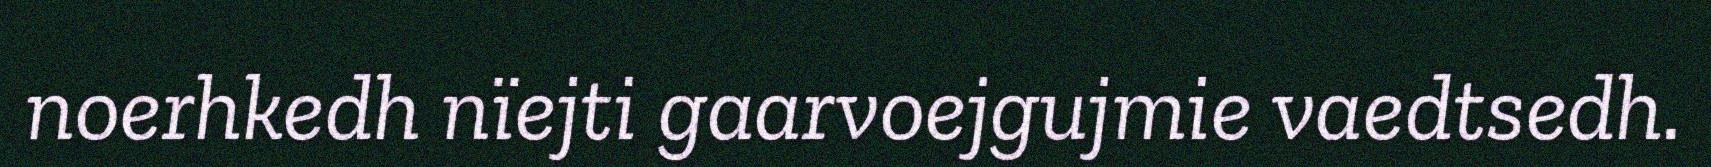
noerhkedh nïejti gaarvoejgujmie vaedtsedh.